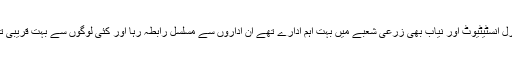
پنجاب ایگریکلچرل انسٹیٹیوٹ اور نیاب بھی زرعی شعبے میں بہت اہم ادارے تھے ان اداروں سے مسلسل رابطہ رہا اور کئی لوگوں سے بہت قریبی تعلقات قائم ہوئے۔